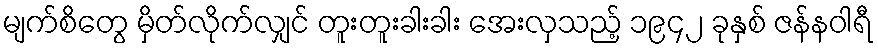
မျက်စိတွေ မှိတ်လိုက်လျှင် တူးတူးခါးခါး အေးလှသည့် ၁၉၄၂ ခုနှစ် ဇန်နဝါရီ